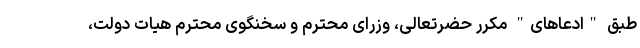
طبق "ادعاهای" مکرر حضرتعالی، وزرای محترم و سخنگوی محترم هیات دولت،